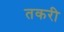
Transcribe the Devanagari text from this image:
तकरी